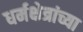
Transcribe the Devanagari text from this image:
धर्मक्षेत्रांच्या